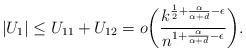
LaTeX: \begin{align*}|U_1| \leq U_{11} + U_{12} = o\biggl(\frac{k^{\frac{1}{2} + \frac{\alpha}{\alpha+d}-\epsilon}}{n^{1+\frac{\alpha}{\alpha+d}-\epsilon}}\biggr).\end{align*}